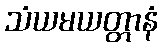
သံယမယတ္တာနံ